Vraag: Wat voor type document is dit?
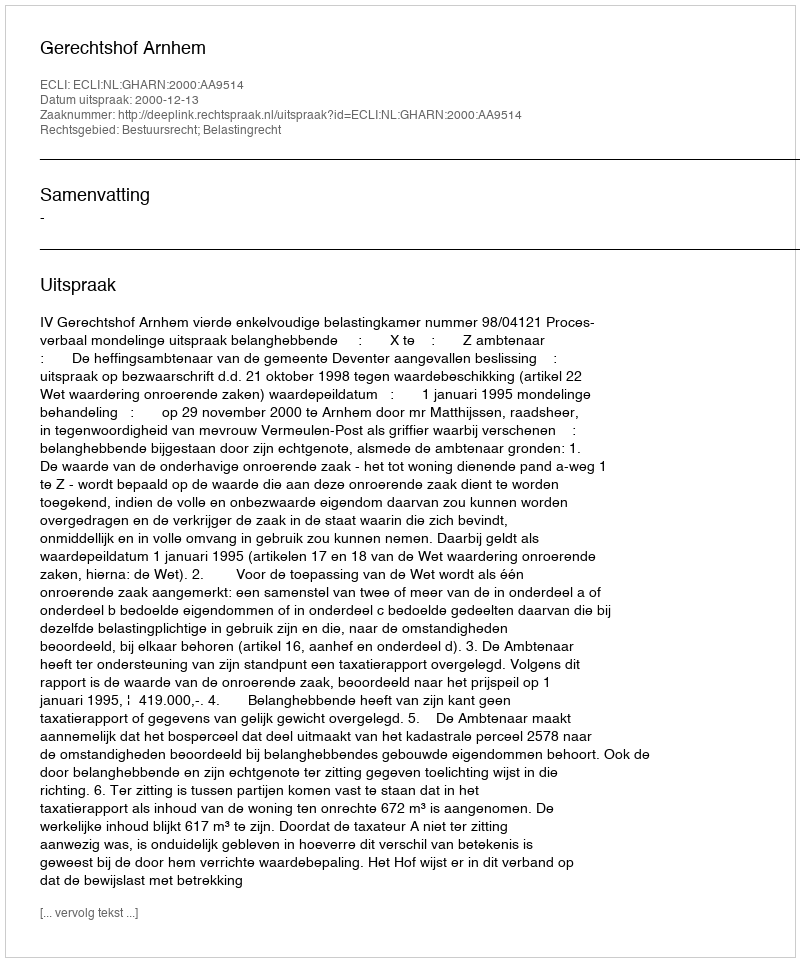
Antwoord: Uitspraak